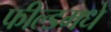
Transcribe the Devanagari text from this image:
फील्डमधे